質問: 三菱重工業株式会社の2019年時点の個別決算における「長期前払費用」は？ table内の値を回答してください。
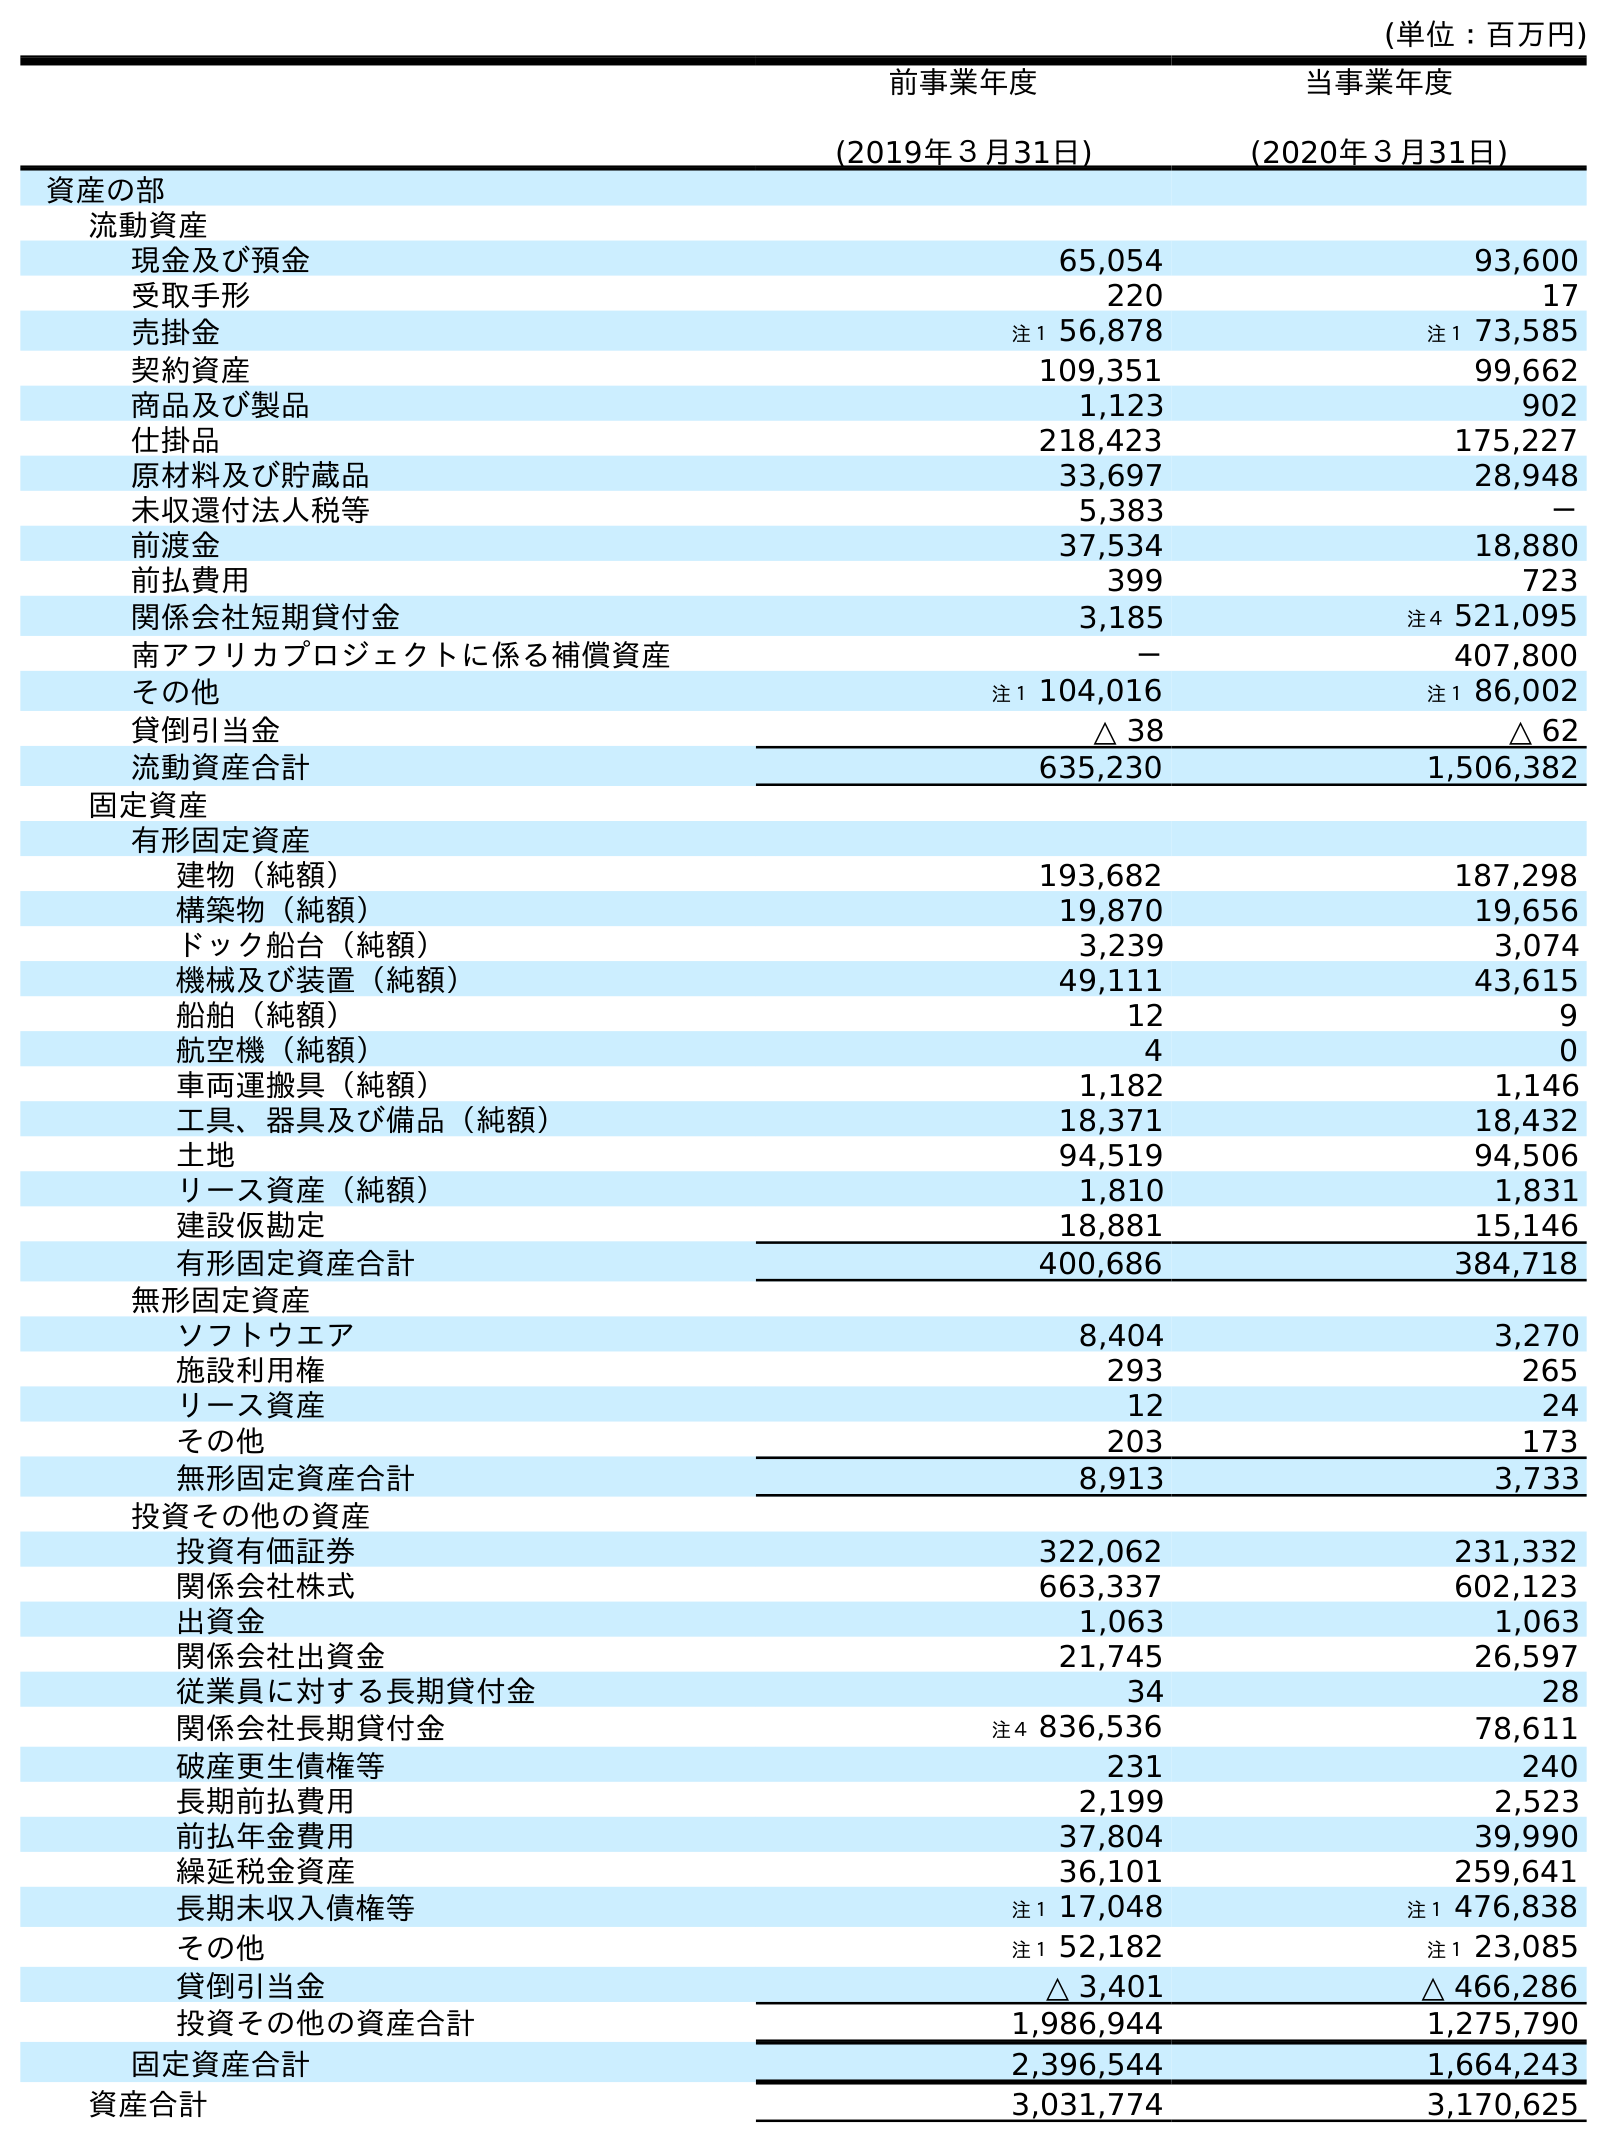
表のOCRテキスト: (単位：百万円) 前事業年度 (2019年３月31日) 当事業年度 (2020年３月31日) 資産の部 流動資産 現金及び預金 65,054 93,600 受取手形 220 17 売掛金 注１ 56,878 注１ 73,585 契約資産 109,351 99,662 商品及び製品 1,123 902 仕掛品 218,423 175,227 原材料及び貯蔵品 33,697 28,948 未収還付法人税等 5,383 － 前渡金 37,534 18,880 前払費用 399 723 関係会社短期貸付金 3,185 注４ 521,095 南アフリカプロジェクトに係る補償資産 － 407,800 その他 注１ 104,016 注１ 86,002 貸倒引当金 △ 38 △ 62 流動資産合計 635,230 1,506,382 固定資産 有形固定資産 建物（純額） 193,682 187,298 構築物（純額） 19,870 19,656 ドック船台（純額） 3,239 3,074 機械及び装置（純額） 49,111 43,615 船舶（純額） 12 9 航空機（純額） 4 0 車両運搬具（純額） 1,182 1,146 工具、器具及び備品（純額） 18,371 18,432 土地 94,519 94,506 リース資産（純額） 1,810 1,831 建設仮勘定 18,881 15,146 有形固定資産合計 400,686 384,718 無形固定資産 ソフトウエア 8,404 3,270 施設利用権 293 265 リース資産 12 24 その他 203 173 無形固定資産合計 8,913 3,733 投資その他の資産 投資有価証券 322,062 231,332 関係会社株式 663,337 602,123 出資金 1,063 1,063 関係会社出資金 21,745 26,597 従業員に対する長期貸付金 34 28 関係会社長期貸付金 注４ 836,536 78,611 破産更生債権等 231 240 長期前払費用 2,199 2,523 前払年金費用 37,804 39,990 繰延税金資産 36,101 259,641 長期未収入債権等 注１ 17,048 注１ 476,838 その他 注１ 52,182 注１ 23,085 貸倒引当金 △ 3,401 △ 466,286 投資その他の資産合計 1,986,944 1,275,790 固定資産合計 2,396,544 1,664,243 資産合計 3,031,774 3,170,625
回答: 2,199